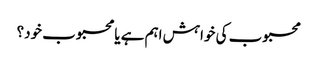
محبوب کی خواہش اہم ہے یا محبوب خود؟